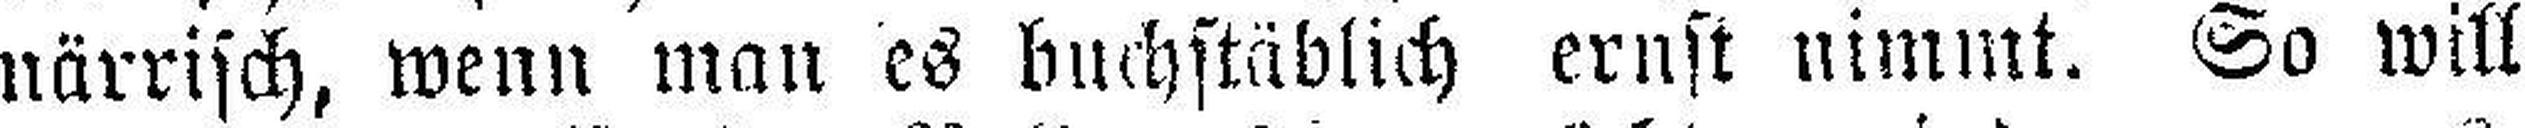
närrisch, wenn man es buchstäblich ernst nimmt. So will